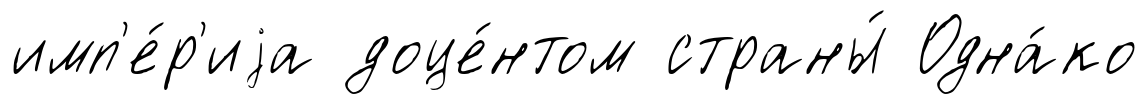
имп'е́р'иjа доце́нтом страны́ Одна́ко